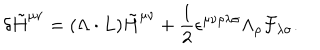
\delta \tilde { H } ^ { \mu \nu } = ( \Lambda \cdot L ) \tilde { H } ^ { \mu \nu } + { \frac { 1 } { 2 } } \epsilon ^ { \mu \nu \rho \lambda \sigma } \Lambda _ { \rho } { \cal F } _ { \lambda \sigma } .